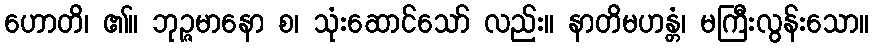
ဟောတိ၊ ၏။ ဘုဉ္ဇမာနော စ၊ သုံးဆောင်သော် လည်း။ နာတိမဟန္တံ၊ မကြီးလွန်းသော။